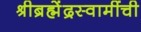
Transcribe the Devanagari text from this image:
श्रीब्रह्मेंद्रस्वामींची